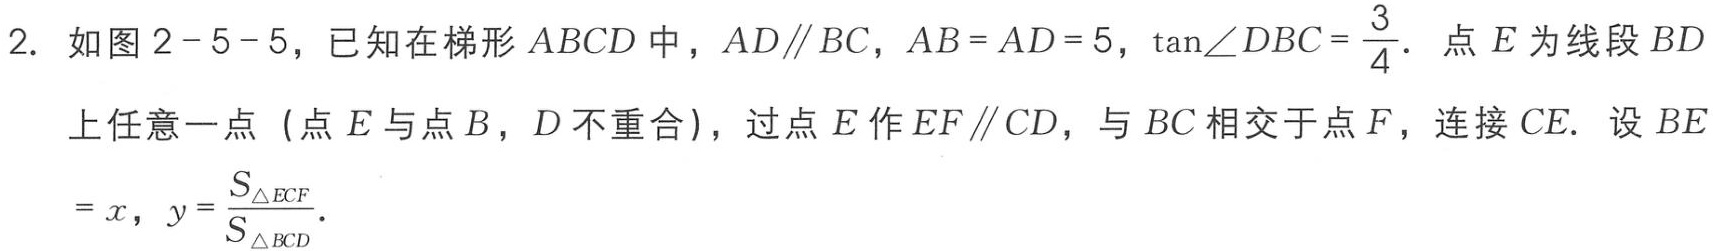
2. 如图2 - 5 - 5，已知在梯形\(ABCD\)中，\(AD\parallel BC\)，\(AB = AD = 5\)，\(\tan\angle DBC=\frac{3}{4}\)．点\(E\)为线段\(BD\)上任意一点（点\(E\)与点\(B\)，\(D\)不重合），过点\(E\)作\(EF\parallel CD\)，与\(BC\)相交于点\(F\)，连接\(CE\)．设\(BE = x\)，\(y = \frac{S_{\triangle ECF}}{S_{\triangle BCD}}\)．